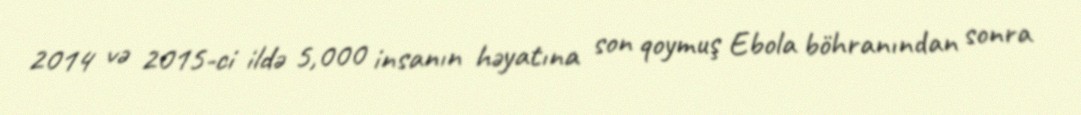
2014 və 2015-ci ildə 5,000 insanın həyatına son qoymuş Ebola böhranından sonra